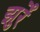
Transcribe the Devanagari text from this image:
झुर्रें